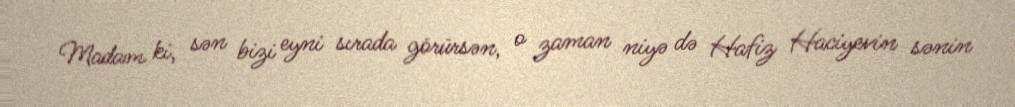
Madam ki, sən bizi eyni sırada görürsən, o zaman niyə də Hafiz Haciyevin sənin